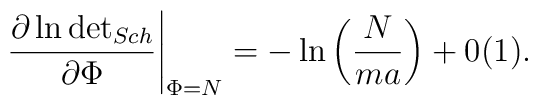
\left. \frac{\partial \ln \mbox{det}_{{Sch}}}{\partial \Phi}\right|_{\Phi = N} = -\ln \left( \displaystyle\frac{N}{ma} \right) +0(1).